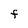
Character: F